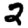
Digit: 2